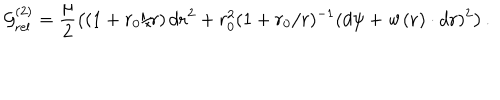
{ \cal G } _ { \mathrm { r e l } } ^ { ( 2 ) } = \frac { \mu } { 2 } \left( ( 1 + r _ { 0 } / r ) \, d { { \bf r } } ^ { 2 } + r _ { 0 } ^ { 2 } ( 1 + r _ { 0 } / r ) ^ { - 1 } ( d { \psi } + { \bf w } ( { \bf r } ) \cdot d { { \bf r } } ) ^ { 2 } \right) .